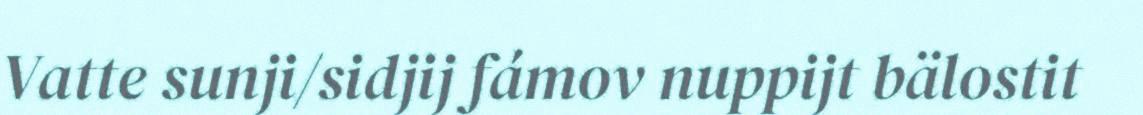
Vatte sunji/sidjij fámov nuppijt bälostit